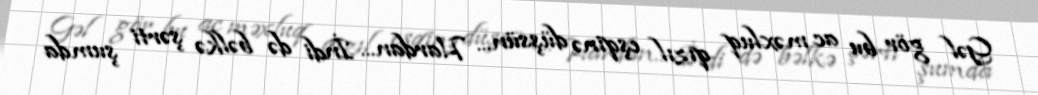
Gəl gör bu ac məxluq qızıl eşqinə düşsün... Hardan... İndi də bəlkə şərti şumda